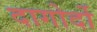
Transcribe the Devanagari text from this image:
दागोर्दो